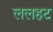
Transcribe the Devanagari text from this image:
ललहट